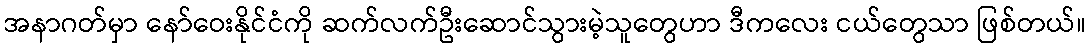
အနာဂတ်မှာ နော်ဝေးနိုင်ငံကို ဆက်လက်ဦးဆောင်သွားမဲ့သူတွေဟာ ဒီကလေး ငယ်တွေသာ ဖြစ်တယ်။